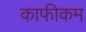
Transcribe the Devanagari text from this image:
काफीकम